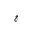
Letter: _gim